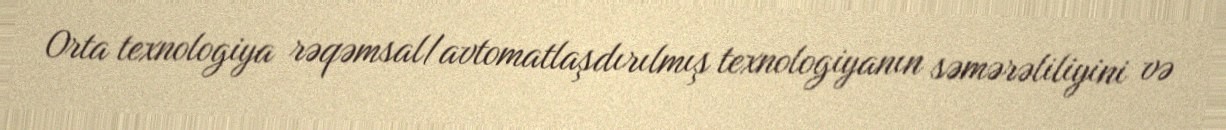
Orta texnologiya rəqəmsal/avtomatlaşdırılmış texnologiyanın səmərəliliyini və